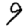
Digit: 9